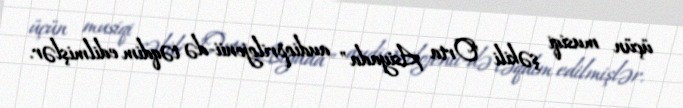
üçün musiqi şəkili "Orta Asiyada" audioprilojenii-də təqdim edilmişlər.